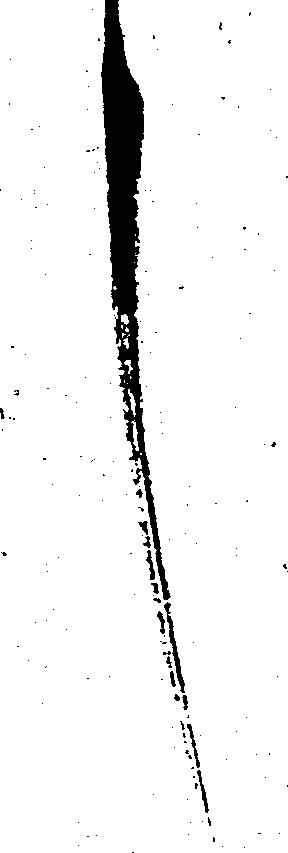
言